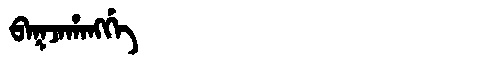
Manchu: ᠪᠠᡴᠵᠠᡥᠠᠩᡤᡝ
Romanization: BAKJAHANGGE